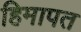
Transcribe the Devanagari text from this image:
हिमापत